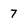
Character: 7